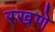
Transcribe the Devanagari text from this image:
रखणे